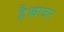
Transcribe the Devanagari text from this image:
है।बाजार